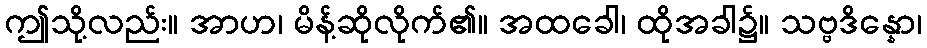
ဤသို့လည်း။ အာဟ၊ မိန့်ဆိုလိုက်၏။ အထခေါ၊ ထိုအခါ၌။ သဗ္ဗဒိန္နော၊